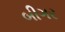
બીગર